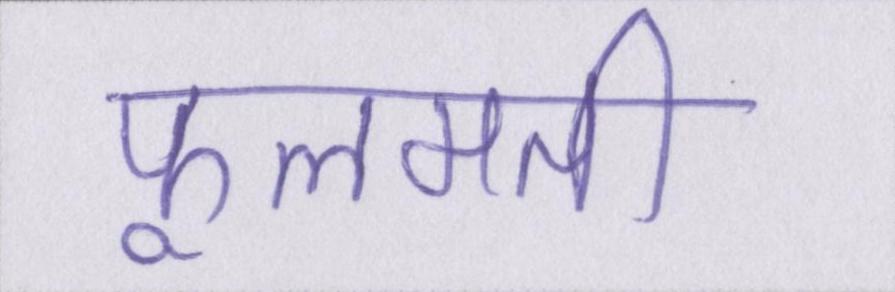
फूलमती